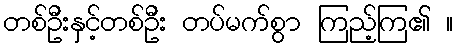
တစ်ဦးနှင့်တစ်ဦး တပ်မက်စွာ ကြည့်ကြ၏ ။